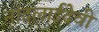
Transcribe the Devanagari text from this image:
नांदलाईदेवी